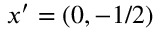
x ^ { \prime } = ( 0 , - 1 / 2 )